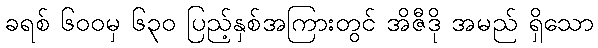
ခရစ် ၆၀၀မှ ၆၃၀ ပြည့်နှစ်အကြားတွင် အိဇီဒို အမည် ရှိသော